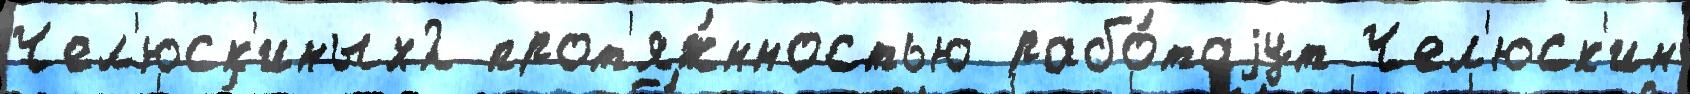
Чел'юск'иных2 прот'яж́нностью рабо́таjут Чел'юск'ин